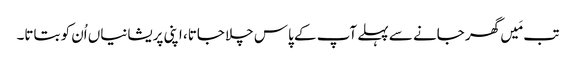
تب مَیں گھر جانے سے پہلے آپ کے پاس چلا جاتا، اپنی پریشانیاں اُن کو بتاتا۔